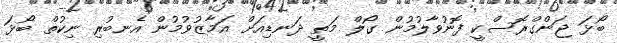
ބޯޅަ ޖަންގްރޮސްކީ ފޮނުވާލުމުން ގޯލް މަތީ ދަނޑިއަށް އަމާޒުވުމުން އެނބުރި ނިކުތް ބޯޅަ